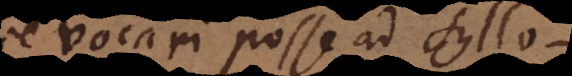
revocari posse ad syllogismos.